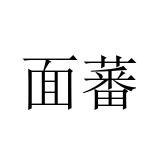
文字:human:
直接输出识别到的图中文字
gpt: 面蕃